Sketch of the medical history of the native army of Bombay, for the year
Year: 1875
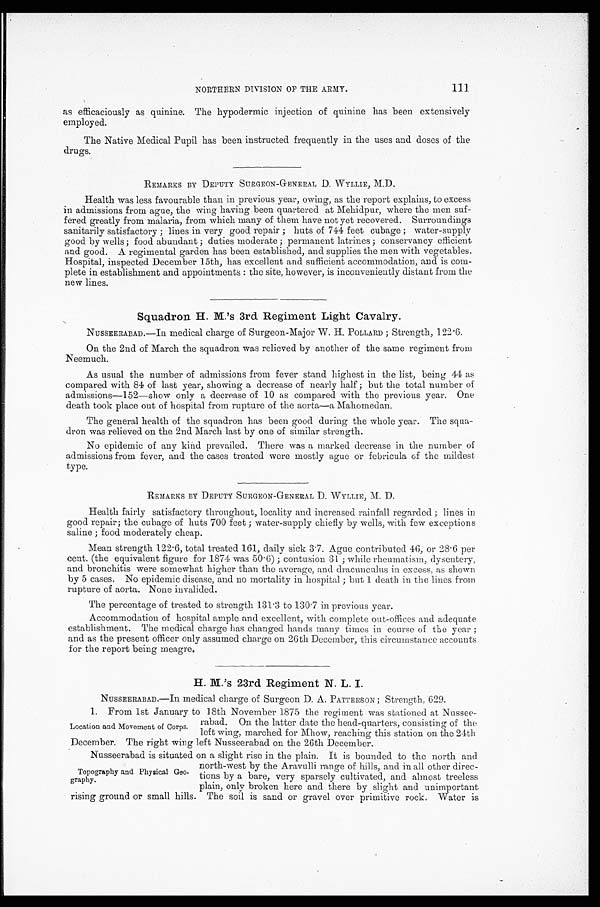
111
NORTHERN DIVISION OF THE ARMY.
as efficaciously as quinine. The hypodermic injection of quinine has been extensively
employed.
The Native Medical Pupil has been instructed frequently in the uses and doses of the
drugs.
REMARKS BY DEPUTY SURGEON-GENERAL D. WYLLIE, M.D.
Health was less favourable than in previous year, owing, as the report explains, to excess
in admissions from ague, the wing having been quartered at Mehidpur, where the men suf
-
fered greatly from malaria, from which many of them have not yet recovered. Surroundings
sanitarily satisfactory; lines in very good repair; huts of 744 feet cubage; water-supply
good by wells; food abundant; duties moderate; permanent latrines; conservancy efficient
and good. A regimental garden has been established, and supplies the men with vegetables.
Hospital, inspected December 15th, has excellent and sufficient accommodation, and is com
-
plete in establishment and appointments: the site, however, is inconveniently distant from the
new lines.
Squadron H. M.'s 3rd Regiment Light Cavalry.
NUSSEERABAD.—In medical charge of Surgeon-Major W. H. POLLARD; Strength, 122.6.
On the 2nd of March the squadron was relieved by another of the same regiment from
Neemuch.
As usual the number of admissions from fever stand highest in the list, being 44 as
compared with 84 of last year, showing a decrease of nearly half; but the total number of
admissions—152—show only a decrease of 10 as compared with the previous year. One
death took place out of hospital from rupture of the aorta—a Mahomedan.
The general health of the squadron has been good during the whole year. The squa
-
dron was relieved on the 2nd March last by one of similar strength.
No epidemic of any kind prevailed. There was a marked decrease in the number of
admissions from fever, and the cases treated were mostly ague or febricula of the mildest
type.
REMARKS BY DEPUTY SURGEON-GENERAL D. WYLLIE, M. D.
Health fairly satisfactory throughout, locality and increased rainfall regarded; lines in
good repair; the cubage of huts 700 feet; water-supply chiefly by wells, with few exceptions
saline; food moderately cheap.
Mean strength 122.6, total treated 161, daily sick 3.7. Ague contributed 46, or 28.6 per
cent. (the equivalent figure for 1874 was 50.6); contusion 31; while rheumatism, dysentery,
and bronchitis were somewhat higher than the average, and dracunculus in excess, as shown
by 5 cases. No epidemic disease, and no mortality in hospital; but 1 death in the lines from
rupture of aorta. None invalided.
The percentage of treated to strength 131.3 to 130.7 in previous year.
Accommodation of hospital ample and excellent, with complete out-offices and adequate
establishment. The medical charge has changed hands many times in course of the year;
and as the present officer only assumed charge on 26th December, this circumstance accounts
for the report being meagre.
H. M.'s 23rd Regiment N. L. I.
NUSSEERABAD.—In medical charge of Surgeon D. A. PATTERSON; Strength, 629.
1. From 1st January to 18th November 1875 the regiment was stationed at Nussee
-
rabad. On the latter date the head-quarters, consisting of the
left wing, marched for Mhow, reaching this station on the 24th
December. The right wing left Nusseerabad on the 26th December.
Nusseerabad is situated on a slight rise in the plain. It is bounded to the north and
north- west by the Aravulli range of hills, and in all other direc
-
tions by a bare, very sparsely cultivated, and almost treeless
plain, only broken here and there by slight and unimportant
rising ground or small hills. The soil is sand or gravel over primitive rock. Water is
Location and Movement of Corps.
Topography and Physical Geo
-
graphy.